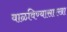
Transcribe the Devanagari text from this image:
वाळविण्यासारखा